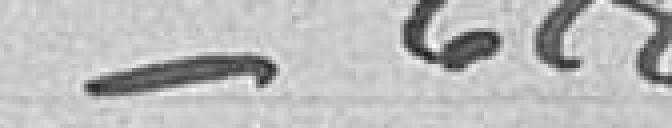
/ 628